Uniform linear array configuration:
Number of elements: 24
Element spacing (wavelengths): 0.75
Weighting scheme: blackman
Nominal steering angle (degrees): -45
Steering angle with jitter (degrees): -43.68
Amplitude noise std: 0.05
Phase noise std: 0.05

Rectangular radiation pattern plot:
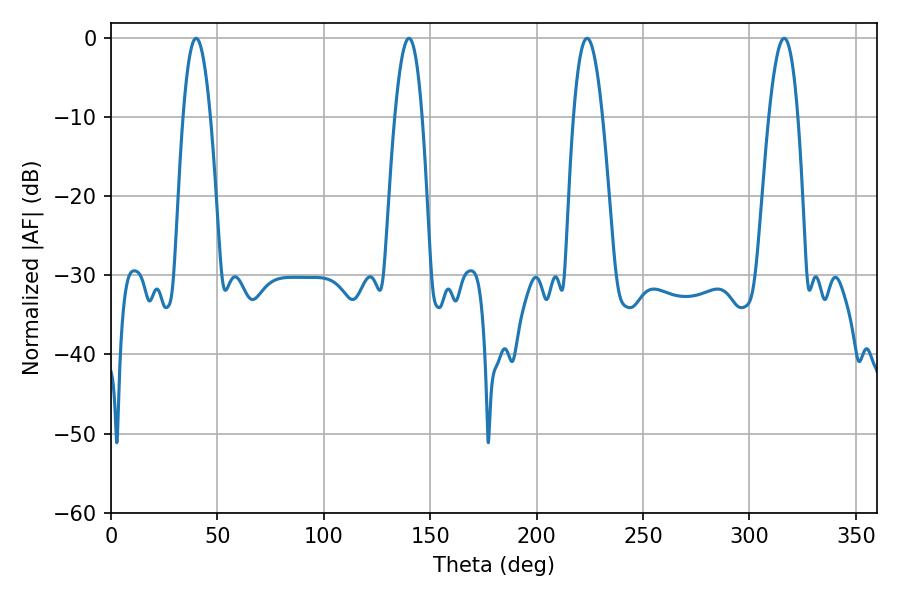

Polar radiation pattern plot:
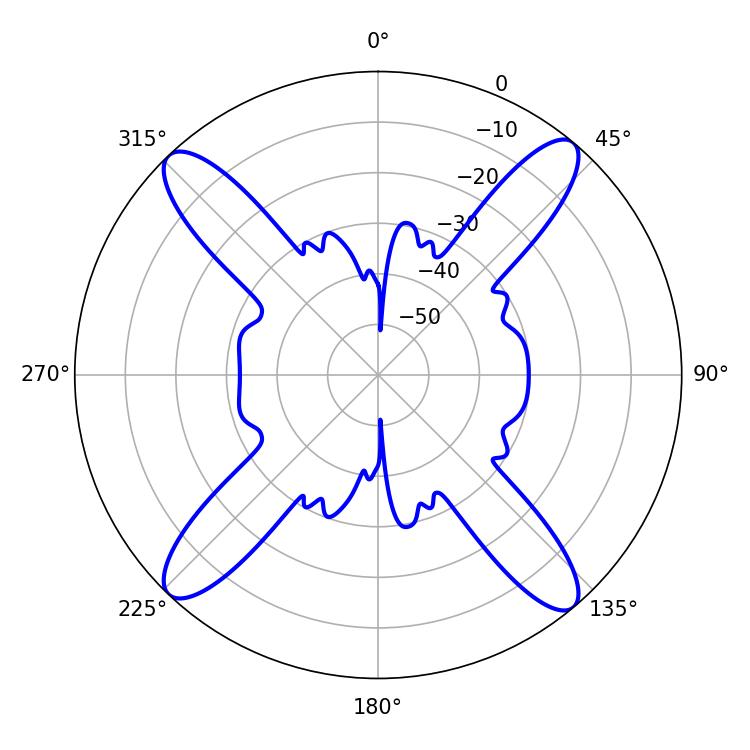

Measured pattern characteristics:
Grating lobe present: TRUE
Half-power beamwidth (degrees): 7.02
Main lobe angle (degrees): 39.96